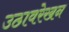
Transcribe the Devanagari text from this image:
उठावरेखन